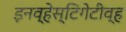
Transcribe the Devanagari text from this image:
इनव्हेस्टिगेटीव्ह